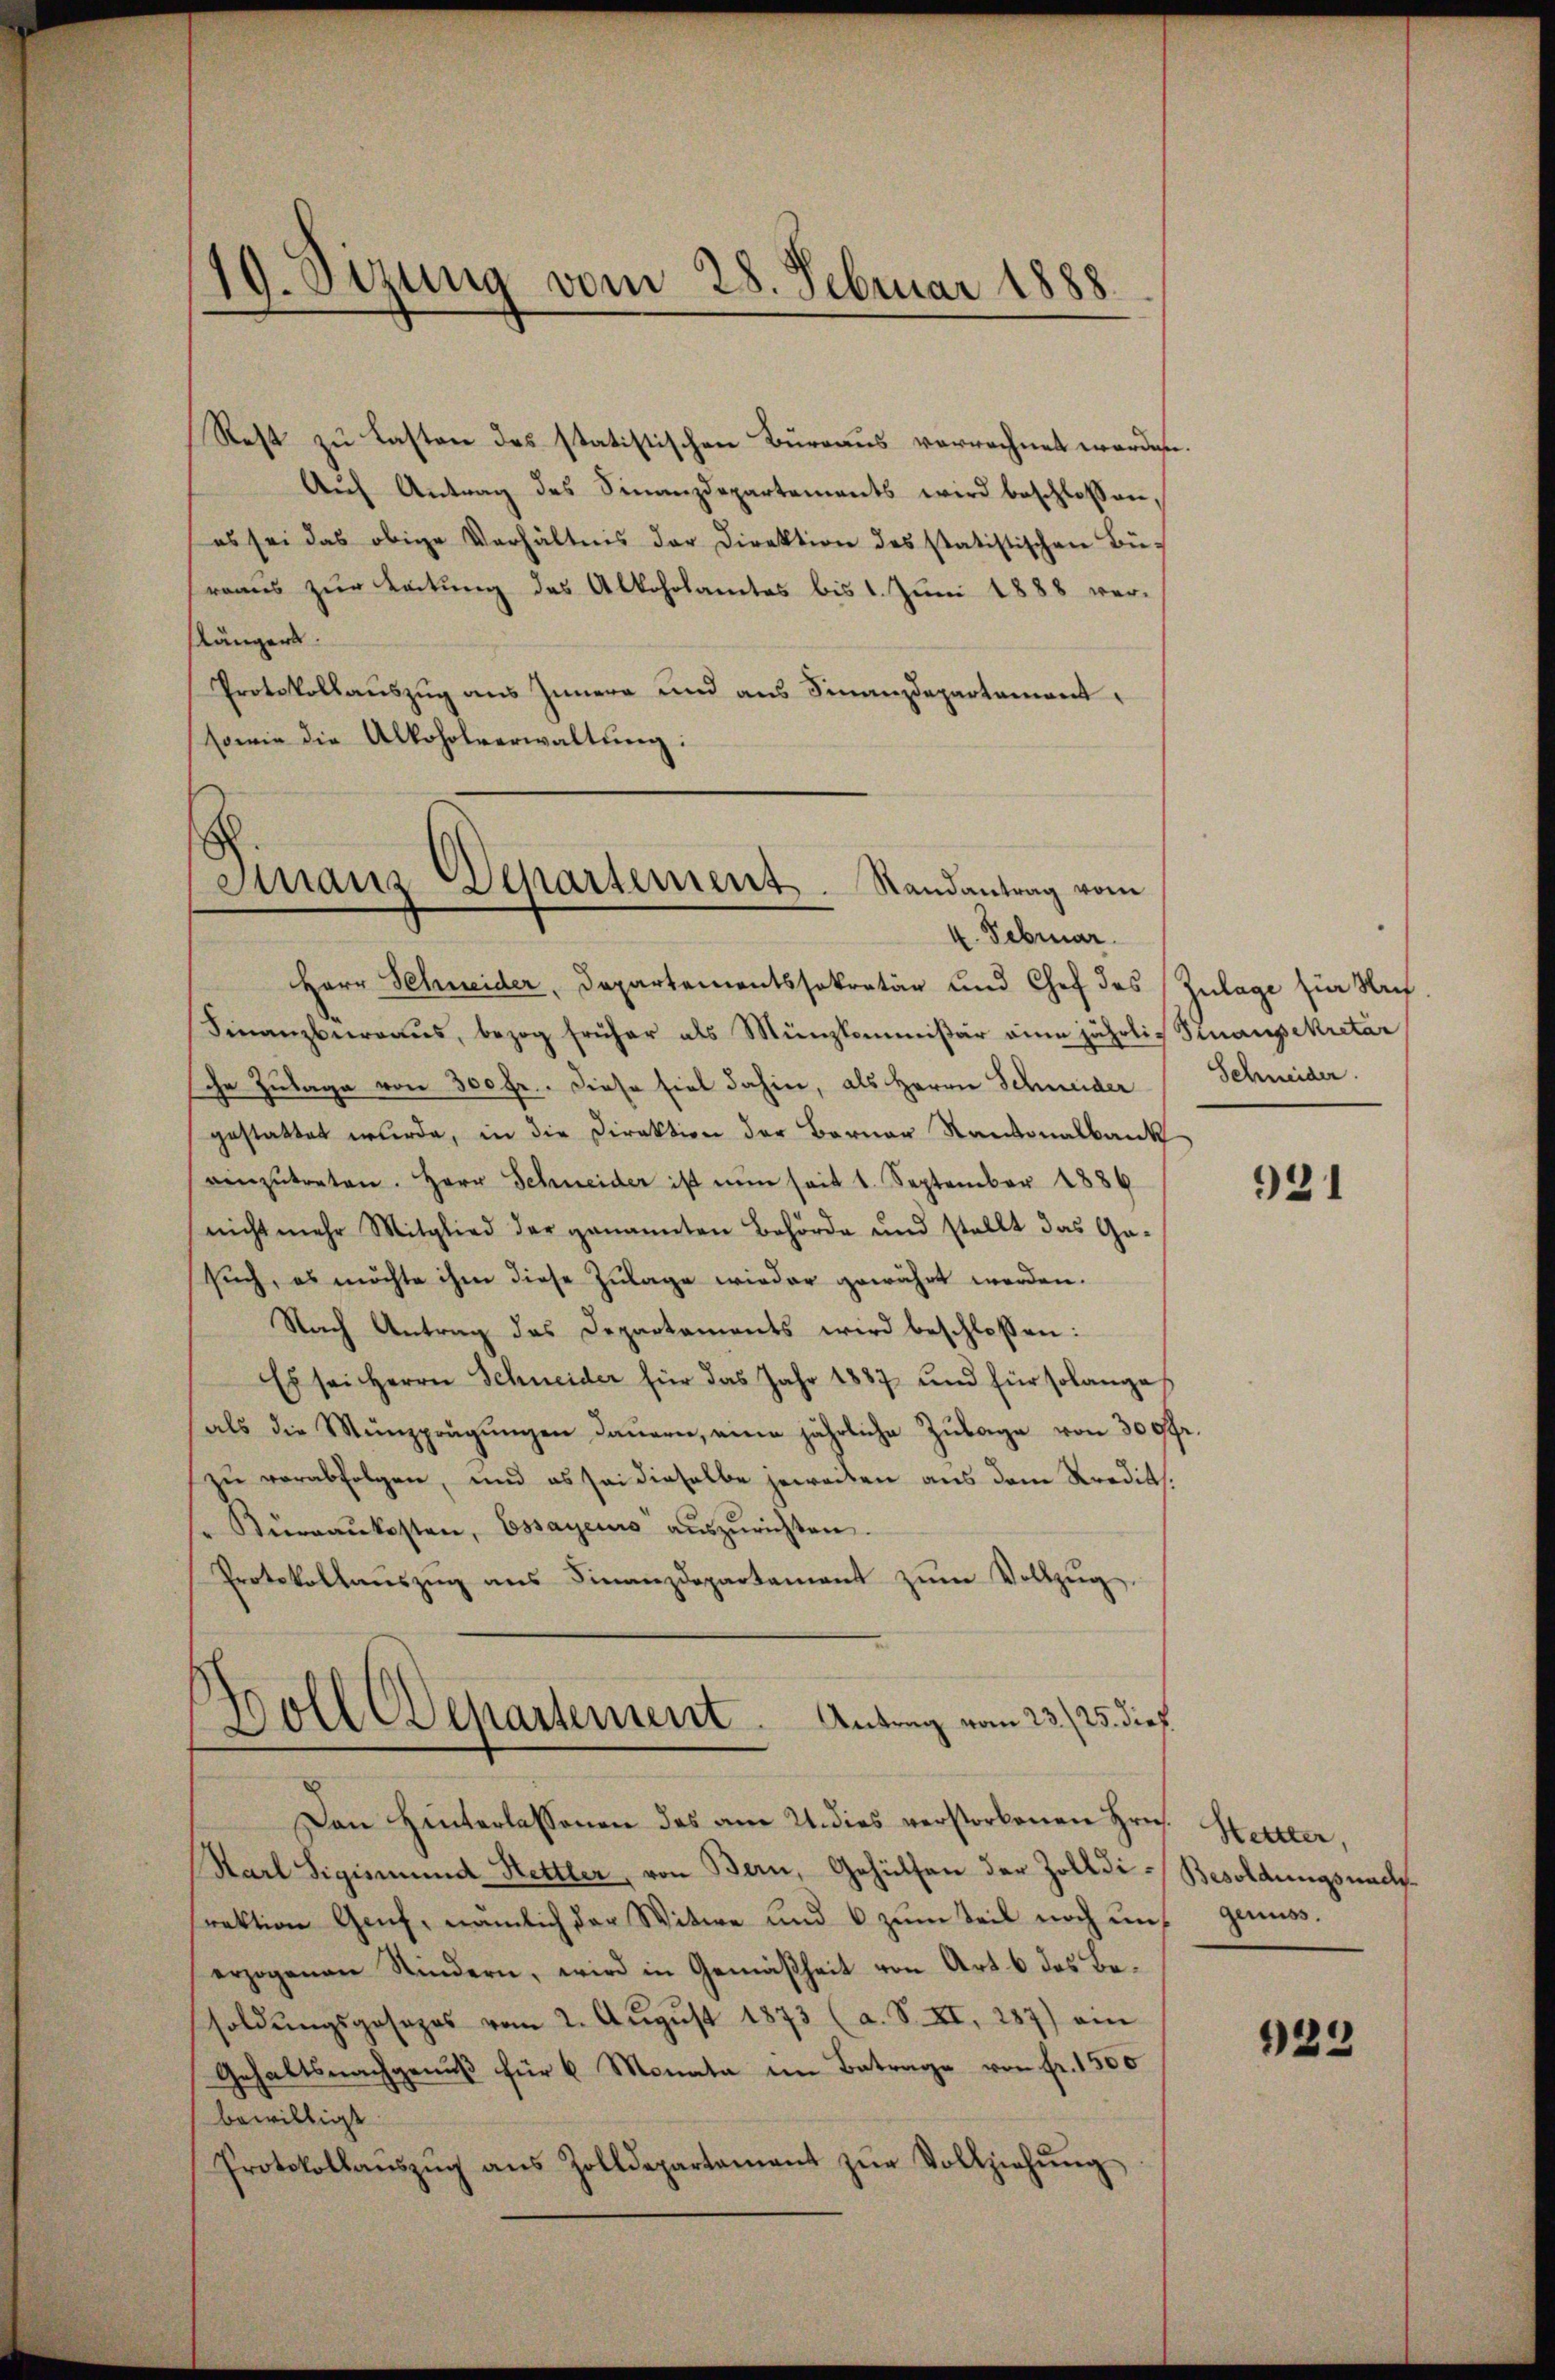
19. Sizung vom 28. Februar 1888.

Rest zu Lasten des statistischen Bureaus verrechnet werden.
Auf Antrag des Finanzdepartements wird beschlossen,
es sei das obige Verhältnis der Direktion des statistischen Bü-
rraus zur Leitung des Alkoholamtes bis 1. Juni 1888 verflängert.
Protokollauszug aus Innern und aus Finanzdepartament,
sowie die Alkoholverwaltung:

Strans Departement. Randantrag vom
4. Februar

Herr Schneider, Departementssekretär und Chef des Zulage für Ne
Finanzberraus, bezog früher als Münzkommißär eine jährlich Staupekretär
che Zulage von 300 Fr. Diese fiel dahin, als Herrn Schneider
gestattet wurde, in die Direktion der Berner Kantonalbank
einzŭtreten. Herr Schneider ist nun seit 1. September 1886
nicht mehr Mitglied der genannten Behörde und stellt das Ga-
such, es möchte ihm diese Zulage wieder gewährt werden.
Nach Antrag des Departaments wird beschlossen:
Es sei Herrn Schneider für das Jahr 1887 und für solanges
als die Münzprägŭngen daŭern, eine jährliche Zŭlage von 300fr.
zŭ verabfolgen, und es sei dieselbe jeweilen aus dem Kredits.
"Büreaŭkosten, Essayeurs aŭszŭrichten.
Protokollaŭszŭg ans Finanzdepartement zŭm Vollzug
Soll Departement. Antrag vom 23./25. dieß
Den Hinterlassenen des am 21. dies verstorbenen Hrn. Hettler,
Karl Sigismund Hettler, von Bern, Gehülfen der Zolldi-Besoldungsnachs
rektion Genf, nämlich der Witwe und 6 zum Teil noch uns genuss.
erzogenen Kindern, wird in Gemäßheit von Art. 6 des Besoldungsgesezes vom 2. August 1873 (a. S. XI, 287) ein
Gehaltsnachgenuß für 6 Monata im Betrage von fr. 1500
bewilligt.
Protokollaŭszŭg ans Zolldepartament zŭr Vollziehŭng

Schneider.

931

923